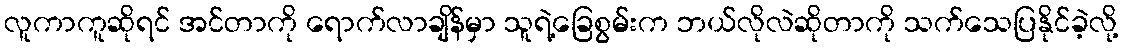
လူကာကူဆိုရင် အင်တာကို ရောက်လာချိန်မှာ သူရဲ့ခြေစွမ်းက ဘယ်လိုလဲဆိုတာကို သက်သေပြနိုင်ခဲ့လို့